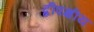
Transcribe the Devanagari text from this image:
द्वीपक्षीय